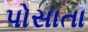
પોસાતા